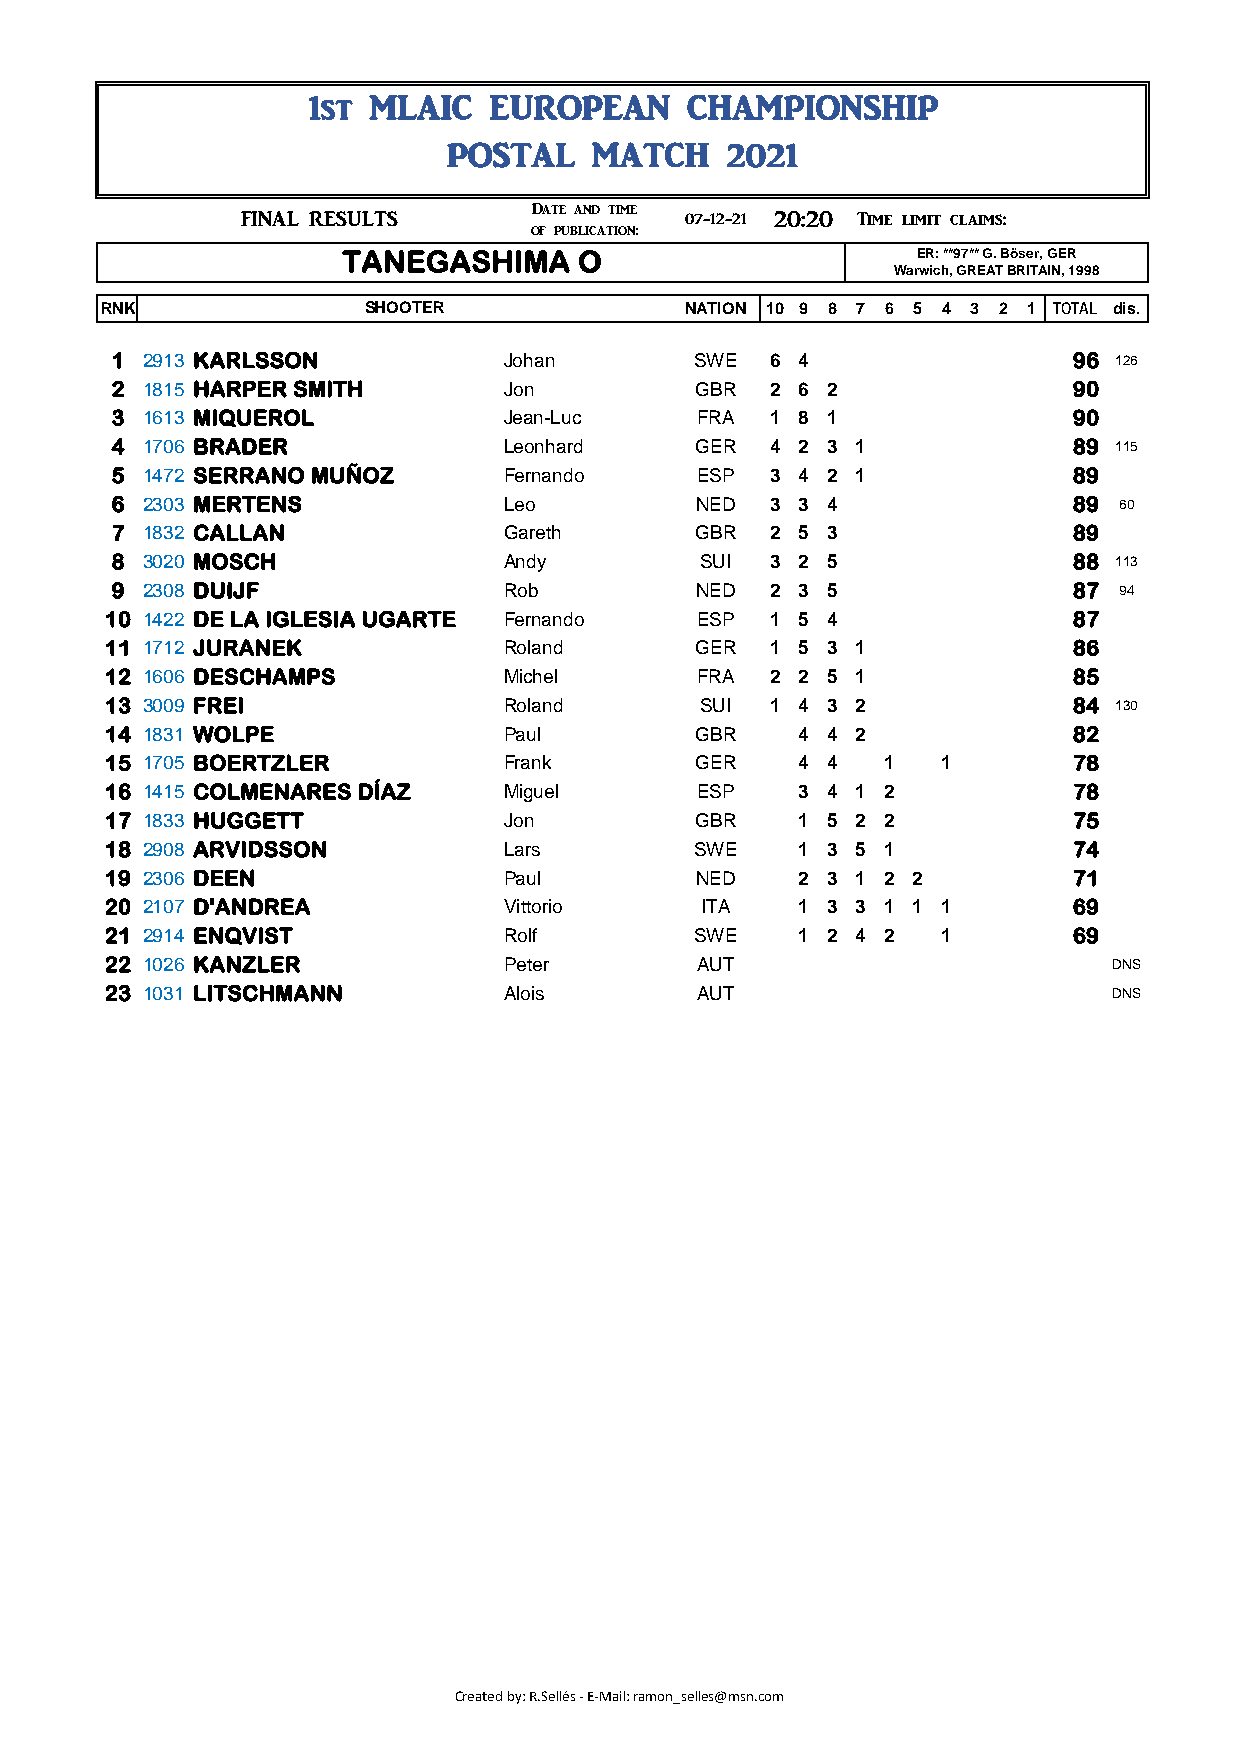
1st MLAIC   EUROPEAN     CHAMPIONSHIP
 POSTAL    MATCH    2021
 ###      FINAL RESULTS      Date and time 07-12-21 20:20 Time limit claims: 21:20
 of publication:                   07-12-21
 TANEGASHIMA     O                     ER: **97** G. Böser, GER
 Warwich, GREAT BRITAIN, 1998
 RNK               SHOOTER              NATION 10 9 8 7 6 5 4 3 2 1 TOTAL dis.
 1 2913 KARLSSON           Johan        SWE  6 4                 96 126
 2 1815 HARPER SMITH       Jon          GBR  2 6 2               90
 3 1613 MIQUEROL           Jean-Luc     FRA  1 8 1               90
 4 1706 BRADER             Leonhard     GER  4 2 3 1             89 115
 5 1472 SERRANO MUÑOZ      Fernando     ESP  3 4 2 1             89
 6 2303 MERTENS            Leo          NED  3 3 4               89 60
 7 1832 CALLAN             Gareth       GBR  2 5 3               89
 8 3020 MOSCH              Andy         SUI  3 2 5               88 113
 9 2308 DUIJF              Rob          NED  2 3 5               87 94
 10 1422 DE LA IGLESIA UGARTE Fernando  ESP  1 5 4               87
 11 1712 JURANEK           Roland       GER  1 5 3 1             86
 12 1606 DESCHAMPS         Michel       FRA  2 2 5 1             85
 13 3009 FREI              Roland       SUI  1 4 3 2             84 130
 14 1831 WOLPE             Paul         GBR   4 4 2              82
 15 1705 BOERTZLER         Frank        GER   4 4   1   1        78
 16 1415 COLMENARES DÍAZ   Miguel       ESP   3 4 1 2            78
 17 1833 HUGGETT           Jon          GBR   1 5 2 2            75
 18 2908 ARVIDSSON         Lars         SWE   1 3 5 1            74
 19 2306 DEEN              Paul         NED   2 3 1 2 2          71
 20 2107 D'ANDREA          Vittorio     ITA   1 3 3 1 1 1        69
 21 2914 ENQVIST           Rolf         SWE   1 2 4 2   1        69
 22 1026 KANZLER           Peter        AUT                        DNS
 23 1031 LITSCHMANN        Alois        AUT                        DNS
 Created by: R.Sellés - E-Mail: ramon_selles@msn.com